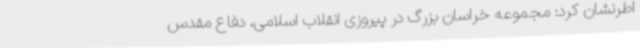
اطرنشان کرد: مجموعه خراسان بزرگ در پیروزی انقلاب اسلامی، دفاع مقدس